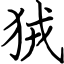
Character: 狨